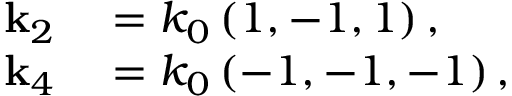
\begin{array} { r l } { \mathbf { k } _ { 2 } } & { { } = k _ { 0 } \left( 1 , - 1 , 1 \right) , } \\ { \mathbf { k } _ { 4 } } & { { } = k _ { 0 } \left( - 1 , - 1 , - 1 \right) , } \end{array}